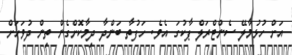
އަށް ހުޅުމާލޭ ސެންޓްރަލް ޕާކުގަ އެވެ. ހަފުތާ ބަންދާ ދިމާކޮށްގެން ތިން ދުވަހަށް